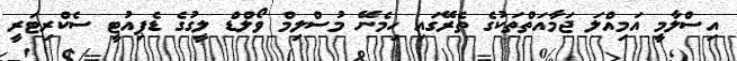
އިސްލާމީ އަމިއްލަ ޖަމާއަތްތަކުގެ ތެރޭގައި ހިމެނޭ މުސްލިމް ވޯލްޑް ލީގުގެ ޑެޕިއުޓީ ސެކްރިޓަރީ